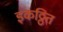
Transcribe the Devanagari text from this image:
इकठ्ठित